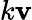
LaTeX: k\mathbf{v}